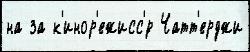
на за к'инор'ежисс'́р Чатт'ерджи